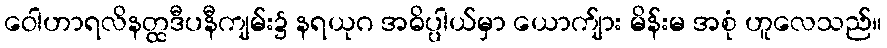
ဝေါဟာရလိနတ္ထဒီပနီကျမ်း၌ နရယုဂ အဓိပ္ပါယ်မှာ ယောက်ျား မိန်းမ အစုံ ဟူလေသည်။